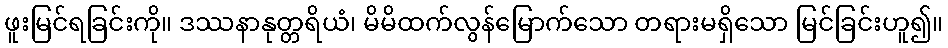
ဖူးမြင်ရခြင်းကို။ ဒဿနာနုတ္တရိယံ၊ မိမိထက်လွန်မြောက်သော တရားမရှိသော မြင်ခြင်းဟူ၍။